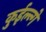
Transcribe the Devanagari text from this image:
कुईल्न्गे